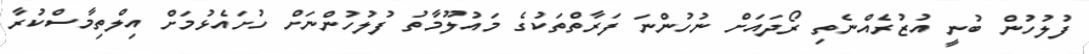
ފުލުހުން ބުނީ އުޒުރެއްނެތި ރޯދައަށް ނުހުންނަ ފަރާތްތަކުގެ މައުލޫމާތު ފުލުހުންނަށް ހުށައެޅުމަށް އިލްތިމާސްކުރާ